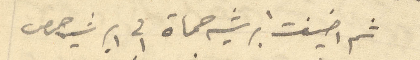
ثم اضيفت ابرشيه حماة في ابرشيه حمص